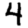
Digit: 4